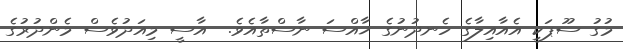
މުގު ސޫޕަކީ އެއާއިލާގެ ހެނދުނުގެ ޚާއްސަ ނާސްތާއެވެ.  އާސީ މިއަދުވެސް މެންދުރުގެ